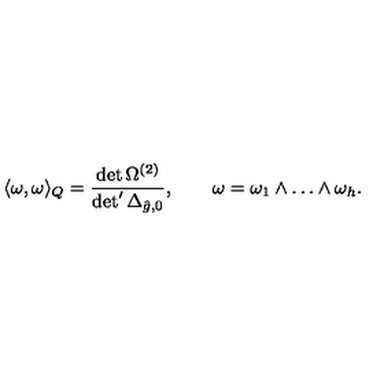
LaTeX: \langle \omega , \omega \rangle _ { Q } = { \frac { \det \Omega ^ { ( 2 ) } } { \det ^ { \prime } \Delta _ { \hat { g } , 0 } } } , \qquad \omega = \omega _ { 1 } \wedge \ldots \wedge \omega _ { h } .